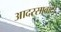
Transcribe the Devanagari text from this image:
आदरसावादी